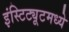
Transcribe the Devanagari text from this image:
इंस्टिट्यूटमध्ये